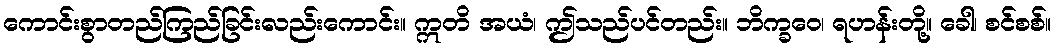
ကောင်းစွာတည်ကြည်ခြင်းလည်းကောင်း။ ဣတိ အယံ၊ ဤသည်ပင်တည်း။ ဘိက္ခဝေ၊ ရဟန်းတို့။ ခေါ၊ စင်စစ်။